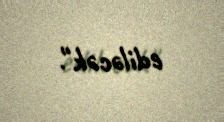
ediləcək".